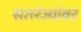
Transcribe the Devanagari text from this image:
सतरंज्यांवर